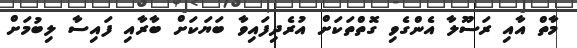
މާތް އާއި ރަސޫލާ އެންގެވި ގޮތްތަކަށް އުރެދިފައިވާ ބަޔަކަށް ބާރާއި ފައިސާ ލިބުމަށް